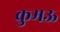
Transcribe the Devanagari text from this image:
कुमऊ